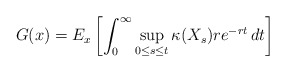
\begin{align*}G(x)=E_x\left[\int_0^{\infty}\sup_{0\leq s \leq t}\kappa(X_s) re^{-rt}\,dt \right] \end{align*}